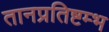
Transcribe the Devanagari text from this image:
तानप्रतिष्टम्भ